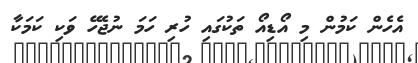
އެހެން ކަމުން މި އޯޑިއޯ ތަކުގައި ހުރި ހަމަ ނުޖެހޭ ވަކި ކަމަކާ